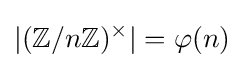
|(\mathbb {Z} /n\mathbb {Z} )^{\times }|=\varphi (n)